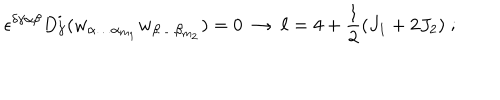
LaTeX: \epsilon ^ { \delta \gamma \alpha \beta } D _ { \gamma } ^ { i } ( w _ { \alpha \ldots \alpha _ { m _ { 1 } } } w _ { \beta \ldots \beta _ { m _ { 2 } } } ) = 0 \ \rightarrow \ \ell = 4 + { \frac { 1 } { 2 } } ( J _ { 1 } + 2 J _ { 2 } ) \; ;